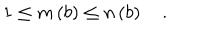
1 \le m \left( b \right) \le n \left( b \right) \quad .